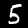
Digit: 5